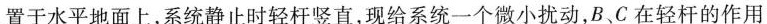
置于水平地面上，系统静止时轻杆竖直，现给系统一个微小扰动，B、C在轻杆的作用